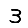
Digit: 3